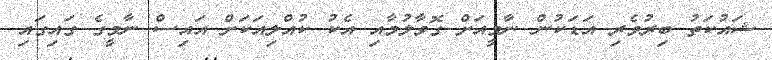
ޝައުކަތު ބިރުވެރި އަޑަކުން ނާމީއަށް ގޮވާލުމާއި އެކު ކުއްލިއަކަށް އައިސް ނާމީގެ ގައިގައި